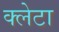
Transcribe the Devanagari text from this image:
क्लेटा